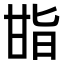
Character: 𭺬